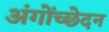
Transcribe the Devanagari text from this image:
अंगोंच्छेदन